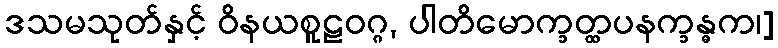
ဒသမသုတ်နှင့် ဝိနယစူဠဝဂ္ဂ, ပါတိမောက္ခတ္ထပနက္ခန္ဓက၊]